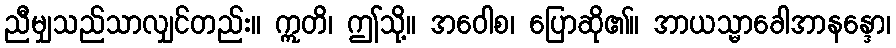
ညီမျှသည်သာလျှင်တည်း။ ဣတိ၊ ဤသို့။ အဝေါစ၊ ပြောဆို၏။ အာယသ္မာခေါအာနန္ဒော၊